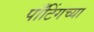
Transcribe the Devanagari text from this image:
पाँटिंगच्या